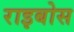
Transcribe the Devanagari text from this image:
राइबोस